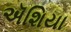
ઍશિયા